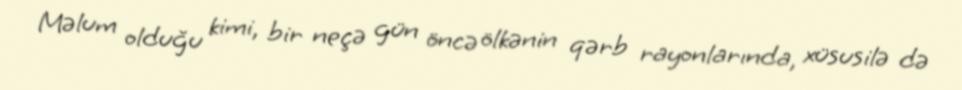
Məlum olduğu kimi, bir neçə gün öncə ölkənin qərb rayonlarında, xüsusilə də